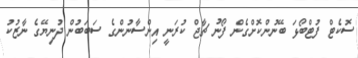
ސޮކެޓް ފުޓްބޯޅަ ބޭނުންކޮށްގެން ފޯނު ޗާޖް ކުރަނީ އިންސާނުންގެ ސަބަބުން ދުނިޔޭގެ ނާޒުކު